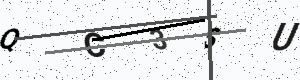
Text: QC3SU